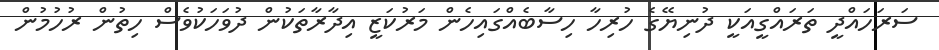
ސަރަހައްދީ ތަރައްގީއަކީ ދުނިޔޭގެ ހުރިހާ ހިސާބެއްގައިހެން މަރުކަޒީ އިދާރާތަކުން ދުވަހަކުވެސް ހިތުން ރުހުމުން